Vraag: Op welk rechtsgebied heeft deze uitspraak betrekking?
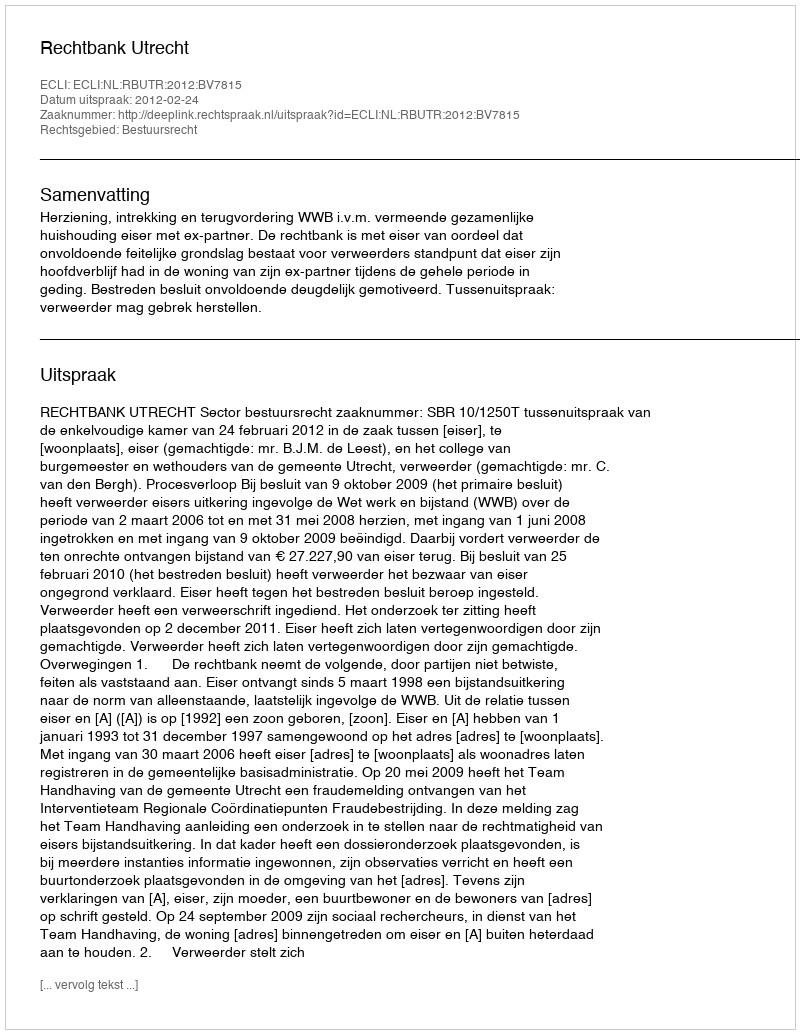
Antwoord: Bestuursrecht